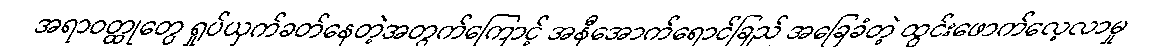
အရာဝတ္ထုတွေ ရှုပ်ယှက်ခတ်နေတဲ့အတွက်ကြောင့် အနီအောက်ရောင်ခြည် အခြေခံတဲ့ ထွင်းဖောက်လေ့လာမှု